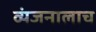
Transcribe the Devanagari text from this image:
व्यंजनालाच